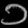
Digit: ၁